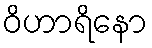
ဝိဟာရိနော